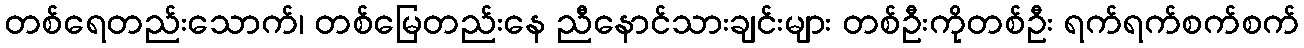
တစ်ရေတည်းသောက်၊ တစ်မြေတည်းနေ ညီနောင်သားချင်းများ တစ်ဦးကိုတစ်ဦး ရက်ရက်စက်စက်